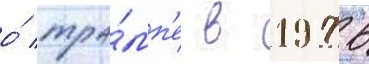
о́ тра́мп'е в 1976